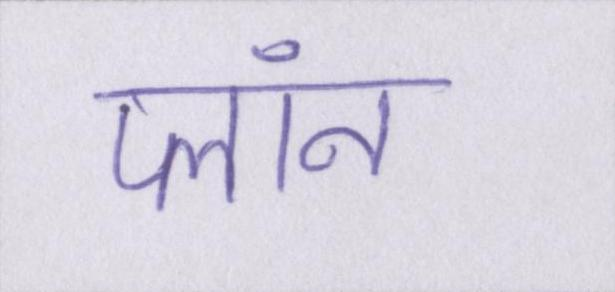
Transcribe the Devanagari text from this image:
प्लॉन